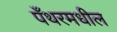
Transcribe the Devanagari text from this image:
पँथरमधील